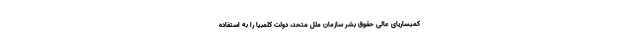
کمیساریای عالی حقوق بشر سازمان ملل متحد، دولت کلمبیا را به استفاده